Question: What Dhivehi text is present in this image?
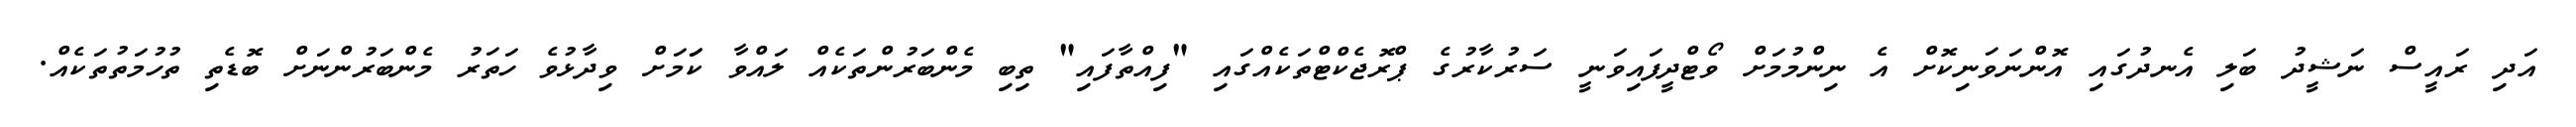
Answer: އަދި ރައީސް ނަޝީދު ބަލި އެނދުގައި އޮންނަވަނިކޮށް އެ ނިންމުމަށް ވޯޓްދީފައިވަނީ ސަރުކާރުގެ ޕްރޮޖެކްޓްތަކެއްގައި "ފިއްތާފައި" ތިބި މެންބަރުންތަކެއް ލައްވާ ކަަމަށް ވިދާޅުވެ ހަތަރު މެންބަރުންނަށް ބޮޑެތި ތުހުމަތުތަކެއް.